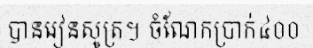
បានរៀនសូត្រ។ ចំណែកប្រាក់៤០០